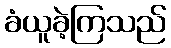
ခံယူခဲ့ကြသည်